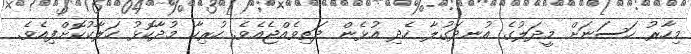
މިހާރު ހަސަނަށް މީދަލުގެ އުނދަގުލާ ހެދި އުޅެން ދަތިވެއްޖެއެވެ. ހުރިހާ މުދާކޮޅު ހަލާކުކޮށްފިއެވެ.